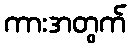
ကားအတွက်